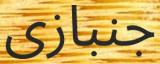
جنبازى